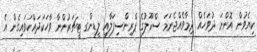
ކިޔެވުން އޮންނަ ދުވަހެއް ދިމާވެއްޖެނަމަ ސްކޫލުގެ ޕްރިންސިފަލާއި ލީޑިންގ ޓީޗަރުންނާ ވާހަކަދައްކަވައިގެން އެ